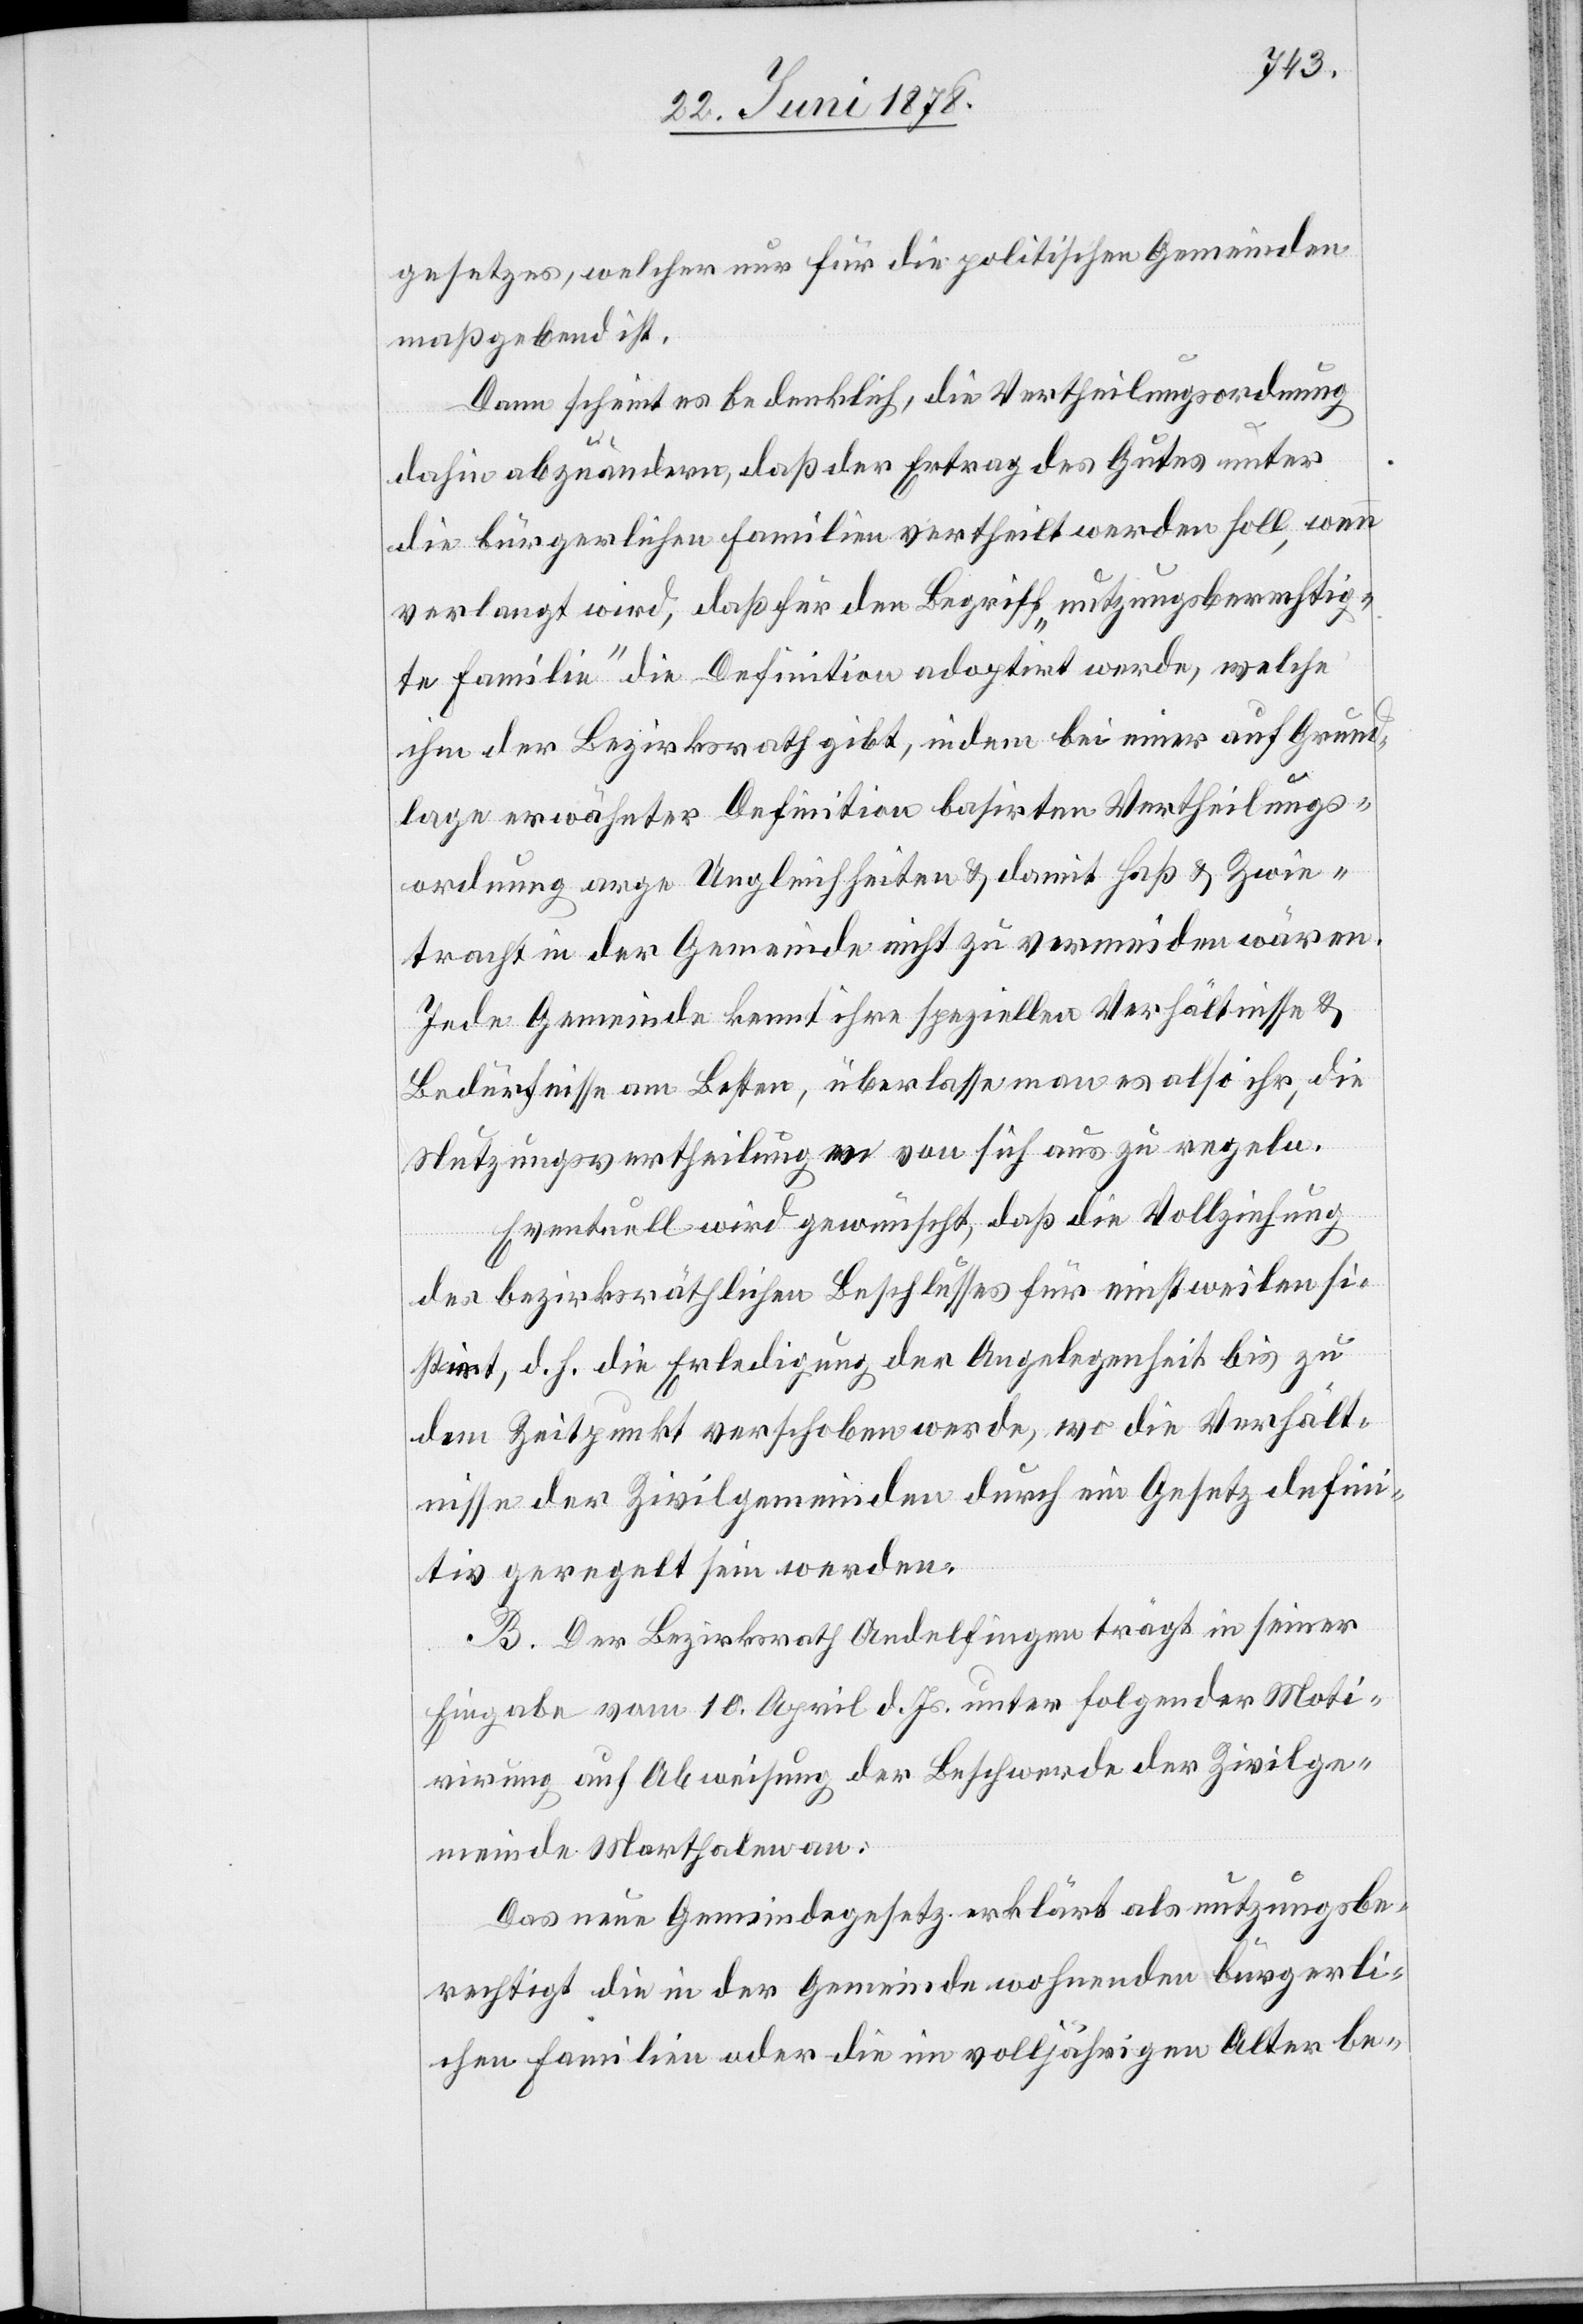
gesetzes, welcher nur für die politischen Gemeinden
maßgebend ist.
Dann scheint es bedenklich, die Vertheilungsordnung
dahin abzuändern, daß der Ertrag des Gutes unter
die bürgerlichen Familien vertheilt werden soll, wenn
verlangt wird, daß für den Begriff „nutzungsberechtig¬
te Familie“ die Definition adoptirt werde, welche
ihm der Bezirksrath gibt, indem bei einer auf Grund¬
lage erwähnter Definition basirten Vertheilungs¬
ordnung arge Ungleichheiten & damit Haß & Zwie¬
tracht in der Gemeinde nicht zu vermeiden wären.
Jede Gemeinde kennt ihre speziellen Verhältnisse &
Bedürfnisse am Besten, überlasse man es also ihr, die
Nutzungsvertheilung von sich aus zu regeln.
Eventuell wird gewünscht, daß die Vollziehung
des bezirksräthlichen Beschlusses für einstweilen si¬
stirt, d. h. die Erledigung der Angelegenheit bis zu
dem Zeitpunkt verschoben werde, wo die Verhält¬
nisse der Zivilgemeinden durch ein Gesetz defini¬
tiv geregelt sein werden.
B. Der Bezirksrath Andelfingen trägt in seiner
Eingabe vom 10. April d. Js. unter folgender Moti¬
virung auf Abweisung der Beschwerde der Zivilge¬
meinde Marthalen an:
Das neue Gemeindegesetz erklärt als nutzungsbe¬
rechtigt die in der Gemeinde wohnenden bürgerli¬
chen Familien oder die im volljährigen Alter be-